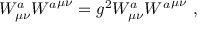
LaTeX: { { \cal W } _ { \mu \nu } ^ { a } } { { \cal W } ^ { a } } ^ { \mu \nu } = g ^ { 2 } W _ { \mu \nu } ^ { a } { { W ^ { a } } ^ { \mu \nu } } \, \, ,